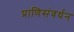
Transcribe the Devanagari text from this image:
प्राणिसंवर्धन